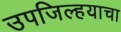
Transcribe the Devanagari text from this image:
उपजिल्हयाचा